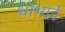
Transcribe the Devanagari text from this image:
धाभाई